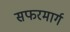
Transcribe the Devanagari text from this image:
सफरमार्ग